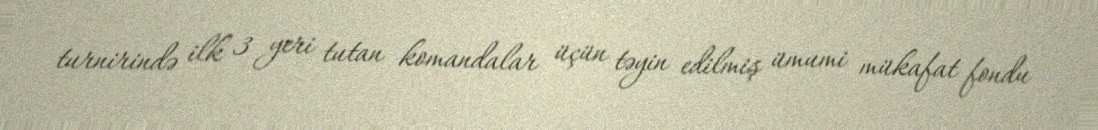
turnirində ilk 3 yeri tutan komandalar üçün təyin edilmiş ümumi mükafat fondu